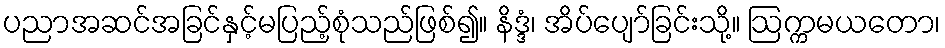
ပညာအဆင်အခြင်နှင့်မပြည့်စုံသည်ဖြစ်၍။ နိဒ္ဒံ၊ အိပ်ပျော်ခြင်းသို့။ ဩက္ကမယတော၊